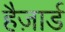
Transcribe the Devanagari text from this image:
हैज़ार्ड